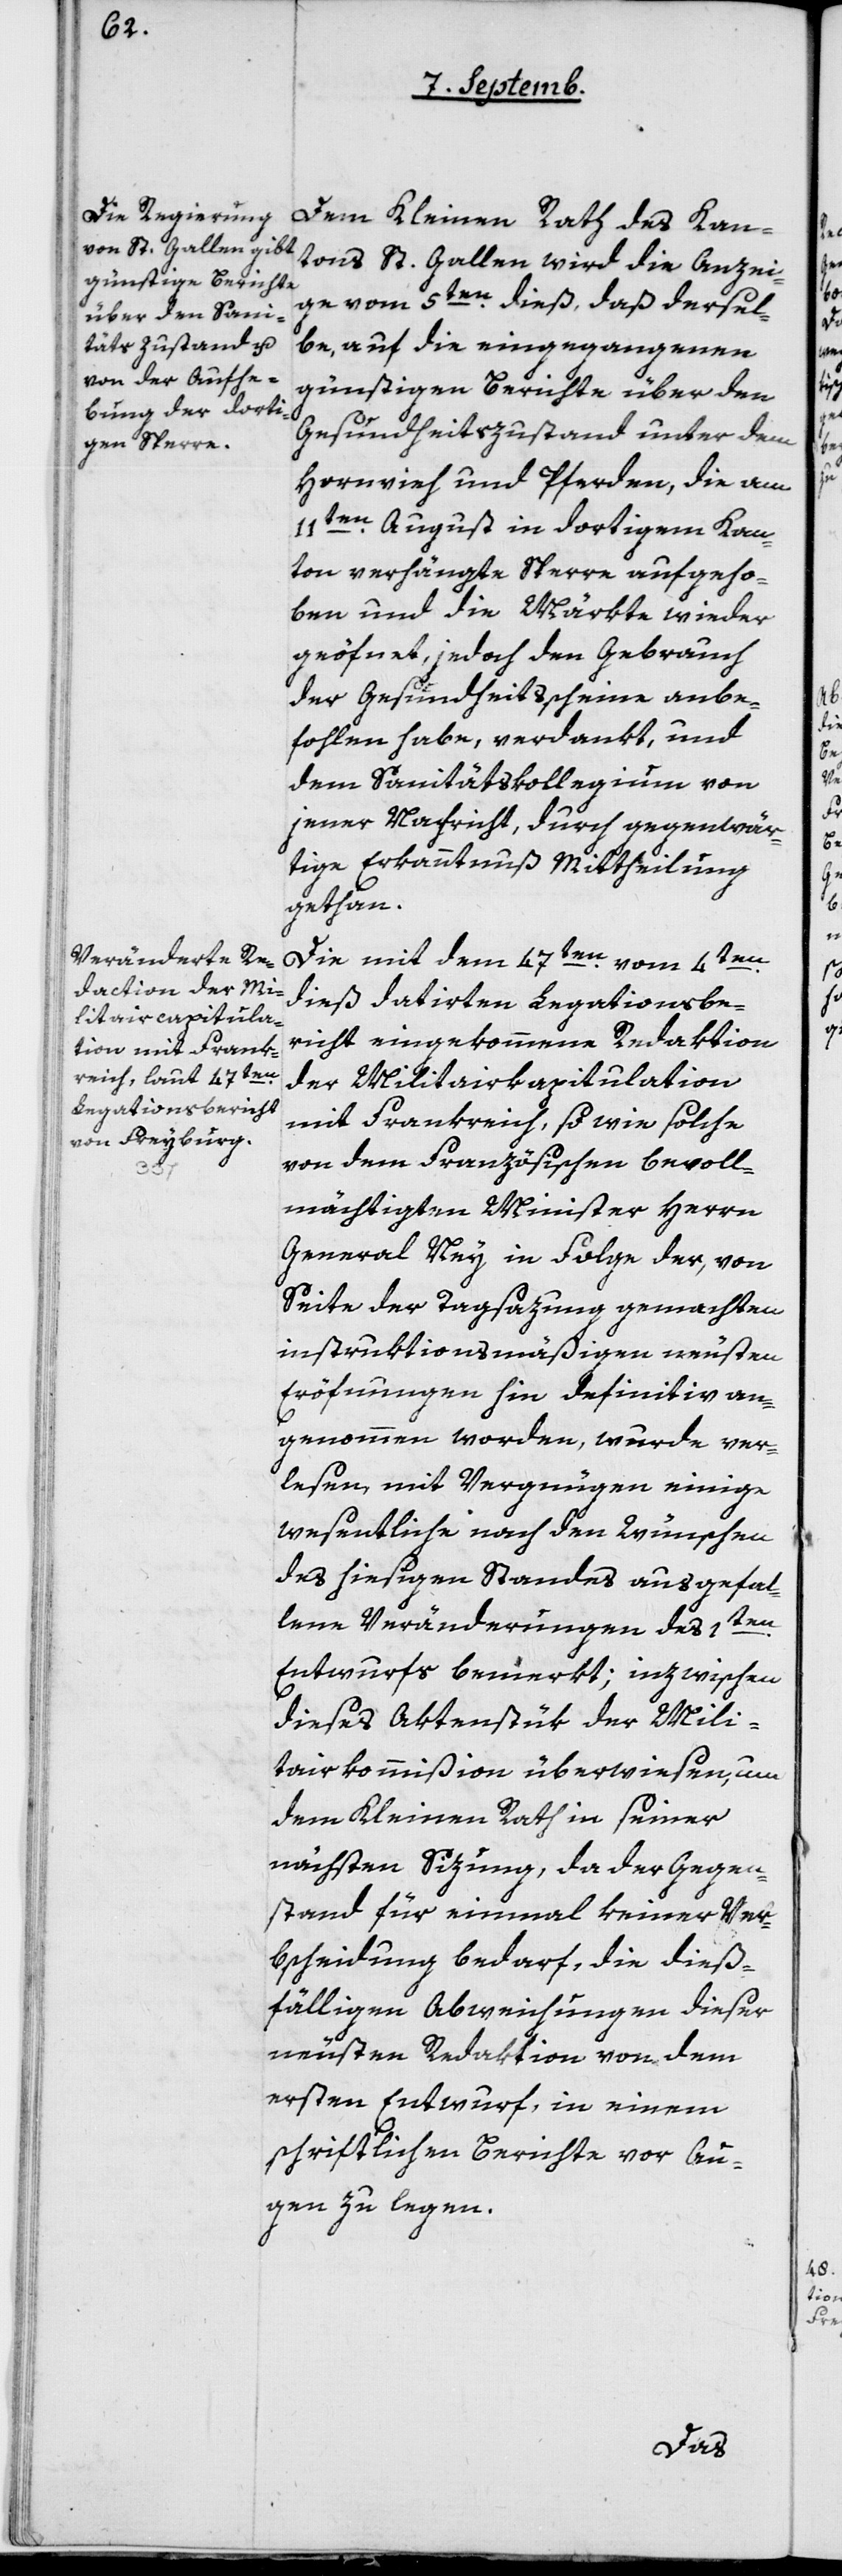
Dem Kleinen Rath des Kan¬
tons St. Gallen wird die Anzei¬
ge vom 5ten dieß, daß dersel¬
be auf die eingegangenen
günstigen Berichte über den
Gesundheitszustand unter dem
Hornvieh und Pferden, die am
11ten August in dortigem Kan¬
ton verhängte Sperre aufgeho¬
ben und die Märkte wieder
geöffnet, jedoch den Gebrauch
der Gesundheitsscheine anbe¬
fohlen habe, verdankt, und
dem Sanitätskollegium von
jener Nachricht durch gegenwär¬
tige Erkanntnuß Mittheilung
gethan.
Die mit dem 47ten vom 4ten
dieß datirten Legationsbe¬
richt eingekommene Redaktion
der Militairkapitulation
mit Frankreich, so wie solche
von dem Französischen bevoll¬
mächtigten Minister Herrn
General Ney in Folge der, von
Seite der Tagsazung gemachten
instruktionsmäßigen neusten
Eröffnungen hin definitiv an¬
genommen worden, wurde ver¬
lesen, mit Vergnügen einige
wesentliche nach den Wünschen
des hiesigen Standes ausgefal¬
lene Veränderungen des 1ten
Entwurfs bemerkt; inzwischen
dieses Aktenstük der Mili¬
tairkommißion überwiesen, um
dem Kleinen Rath in seiner
nächsten Sizung, da der Gegen¬
stand für einmal keiner Ver¬
bscheidung bedarf, die dieß¬
fälligen Abweichungen dieser
neusten Redaktion von dem
ersten Entwurf, in einem
schriftlichen Berichte vor Au¬
gen zu legen.